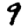
Digit: 9